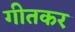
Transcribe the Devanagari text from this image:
गीतकर